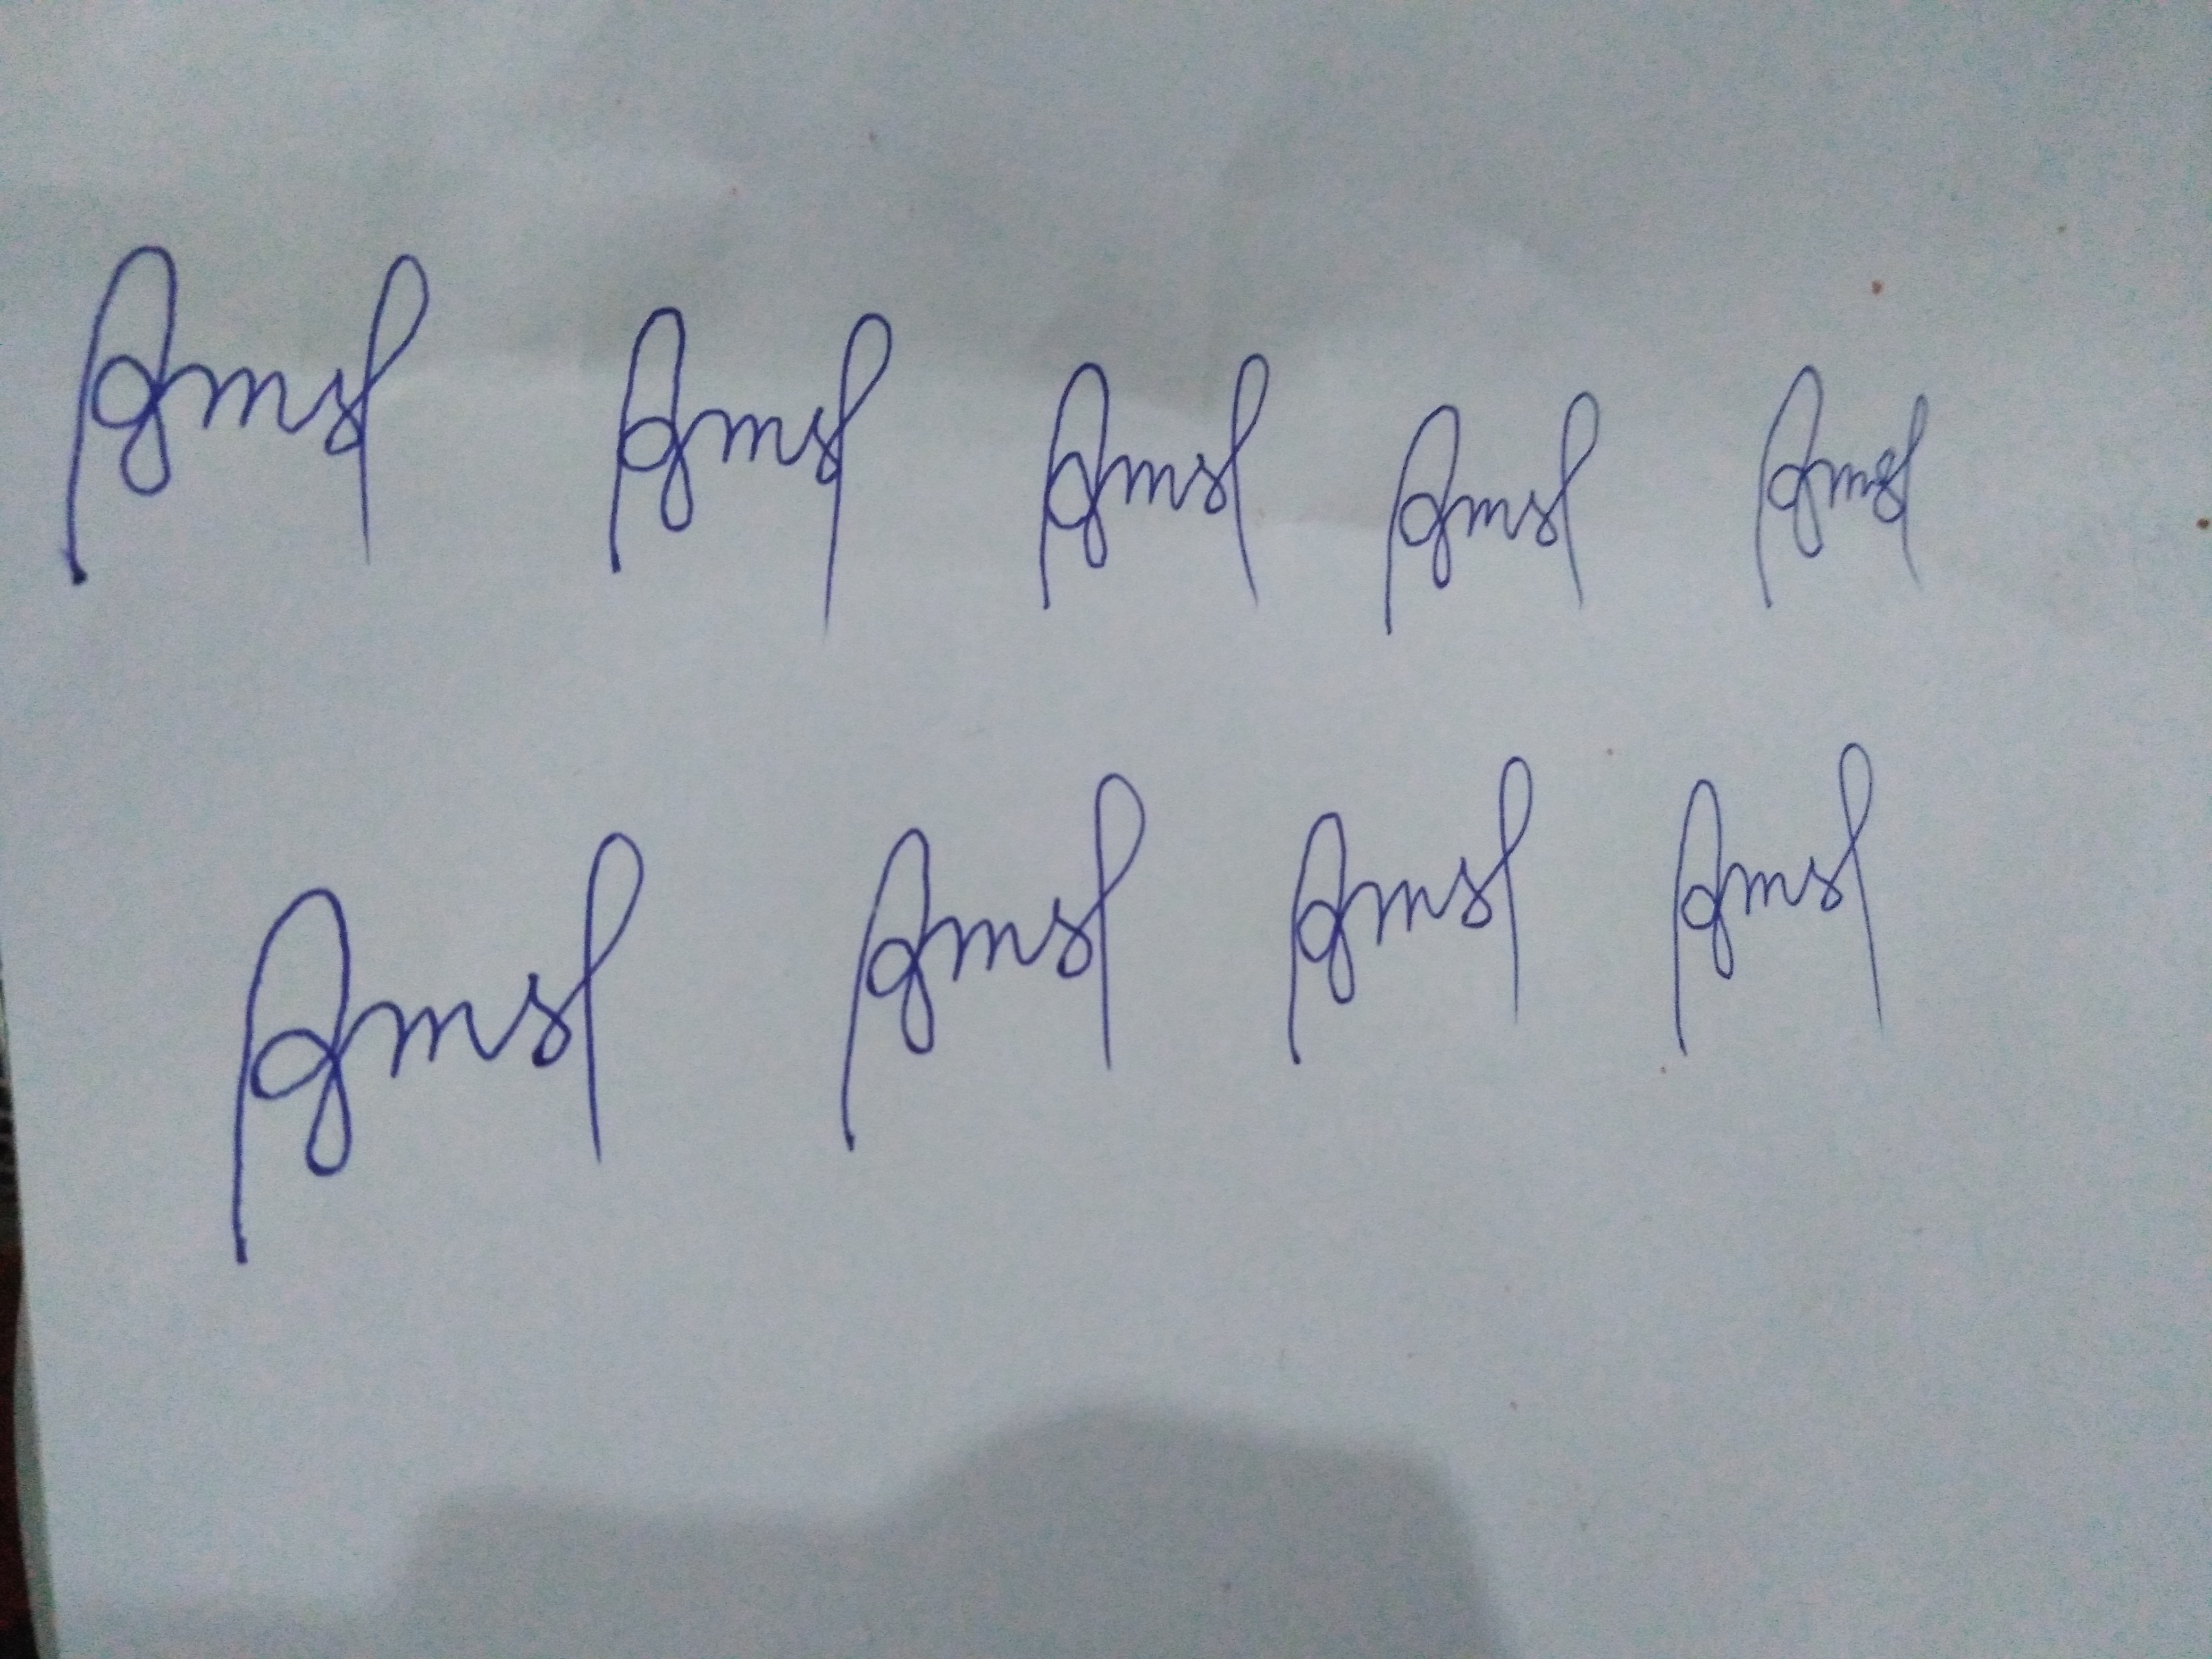
Signature authenticity: forged